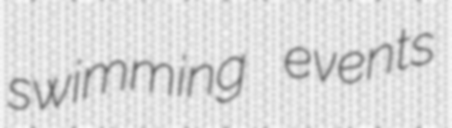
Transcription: swimming events